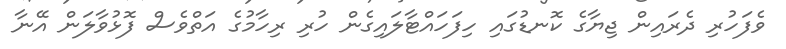
ވެފަހުރި ދެރައިން ޖިޔާގެ ކޮނޑުގައި ހިފަހައްޓާލައިގެން ހުރި ރިހާމުގެ އަތްވެސް ފޮޅުވާލަން އޭނާ